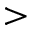
>